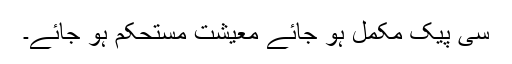
سی پیک مکمل ہو جائے معیشت مستحکم ہو جائے۔